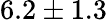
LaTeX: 6.2\pm 1.3